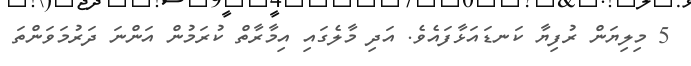
5 މިލިޔަން ރުފިޔާ ކަނޑައަޅާފައެވެ. އަދި މާލެގައި އިމާރާތް ކުރަމުން އަންނަ ދަރުމަވަންތަ